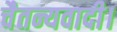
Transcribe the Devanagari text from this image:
चैतन्यवादी।